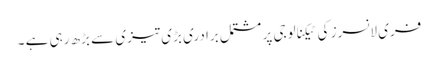
فری لانسرز کی ٹیکنالوجی پر مشتمل برادری بڑی تیزی سے بڑھ رہی ہے ۔